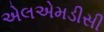
એલએમડીસી